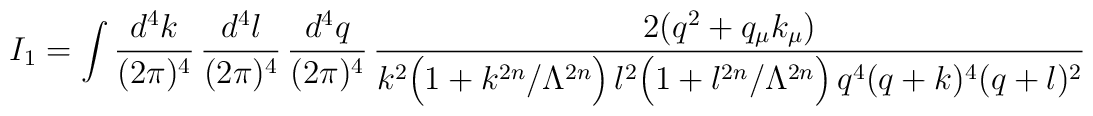
I_1 =  \int \frac{d^4k}{(2\pi)^4}\,\frac{d^4l}{(2\pi)^4}\,\frac{d^4q}{(2\pi)^4}\,\frac{2 (q^2 +q_\mu k_\mu)}{k^2 \Big(1+k^{2n}/\Lambda^{2n}\Big)\,l^2\Big(1+l^{2n}/\Lambda^{2n}\Big)\,q^4 (q+k)^4 (q+l)^2}